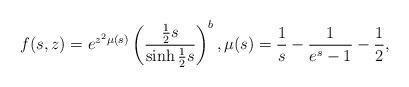
LaTeX: \begin{gather*}f(s,z)=e^{z^2\mu(s)} \left(\frac{\frac12 s}{\sinh \frac12s}\right)^b,\mu(s)=\frac1s-\frac{1}{e^s-1}-\frac12 ,\end{gather*}